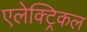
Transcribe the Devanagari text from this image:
एलेक्ट्रिकल